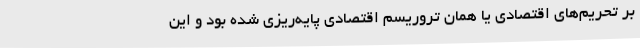
بر تحریم‌های اقتصادی یا همان تروریسم اقتصادی پایه‌ریزی شده بود و این